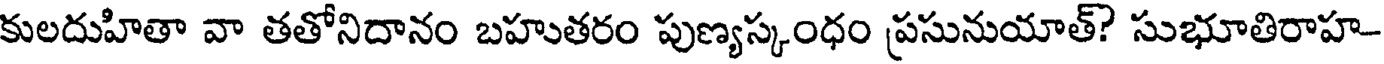
కులదుహితా వా తతోనిదానం బహుతరం పుణ్యస్కంధం ప్రసునుయాత్? సుభూతిరాహ-